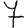
Digit: 7